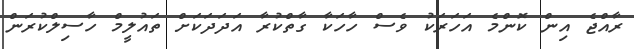
ރާއްޖެ އިން ކޮންމެ އަހަރަކު ވެސް ހާހަކާ ގާތްކުރާ އަދަދަކަށް ތައުލީމް ހާސިލްކުރަން